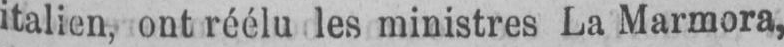
italien, ont réélu les ministres La Marmora,